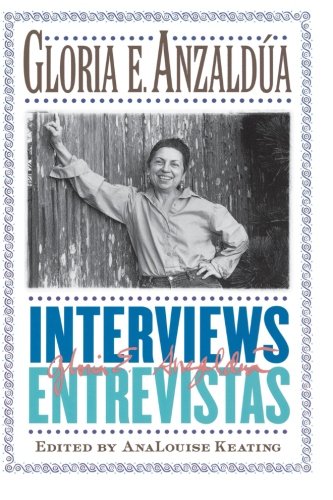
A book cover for Interviews/Entrevistas; Gloria E. Anzaldua; Literature & Fiction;